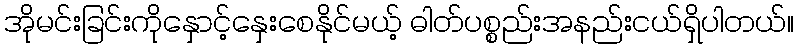
အိုမင်းခြင်းကိုနှောင့်နှေးစေနိုင်မယ့် ဓါတ်ပစ္စည်းအနည်းငယ်ရှိပါတယ်။